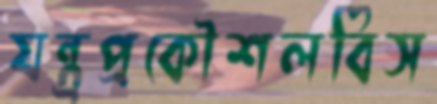
যন্ত্রপ্রকৌশলবিস